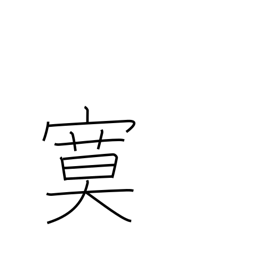
Meaning: quiet